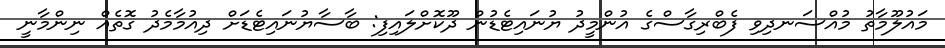
މައުލޫމާތު މުއްސަނދިވި ފެބްރިގާސްގެ އުންމީދު ޔުނައިޓެޑުން ދޫކޮށްލައިފި: ބާސާޔުނައިޓެޑަށް ދިއުމާމެދު ގޮތެއް ނިންމާނީ